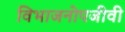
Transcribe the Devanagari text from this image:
विभाजनोपजीवी